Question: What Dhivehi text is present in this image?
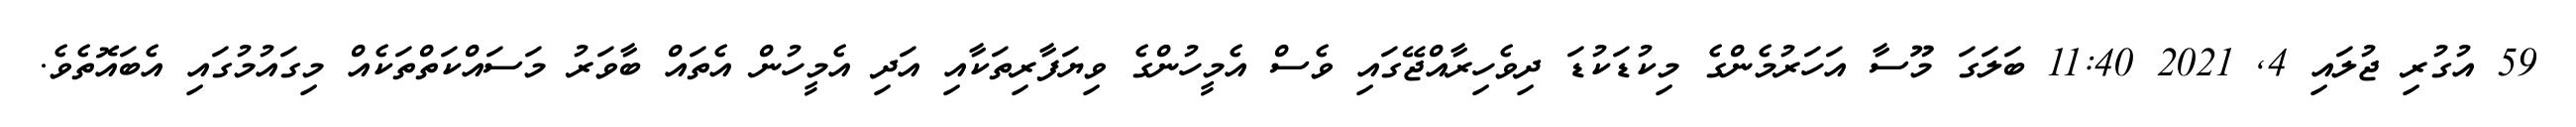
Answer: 59 އުގުރި ޖުލައި 4, 2021 11:40 ބަލަގަ މޫސާ އަހަރުމެންގެ މިކުޑަކުޑަ ދިވެހިރާއްޖޭގައި ވެސް އެމީހުންގެ ވިޔަފާރިތަކާއި އަދި އެމީހުން އެތައް ބާވަރު މަސައްކަތްތަކެއް މިގައުމުގައި އެބައޮތެވެ.